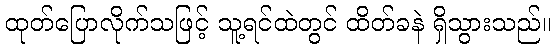
ထုတ်ပြောလိုက်သဖြင့် သူ့ရင်ထဲတွင် ထိတ်ခနဲ ရှိသွားသည်။